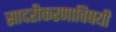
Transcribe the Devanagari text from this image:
सादरीकरणाविषयी